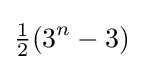
{\tfrac {1}{2}}(3^{n}-3)